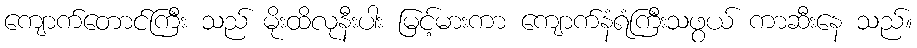
ကျောက်တောင်ကြီး သည် မိုးထိလုနီးပါး မြင့်မားကာ ကျောက်နံရံကြီးသဖွယ် ကာဆီးနေ သည်။